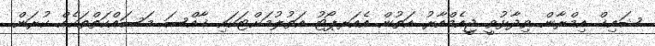
ޝައިޚް އިމްރާން ވިދާޅުވީ ޖީއެމްއާރު އަތުން އެއަރޕޯޓު އަތުލުމަށްޓަކައި ޚާއްސަ މަސައްކަތްތަކެއް ކުރަން